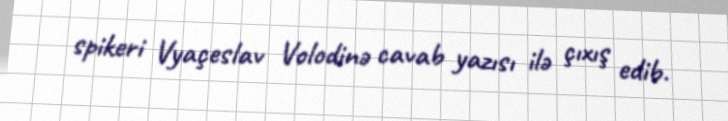
spikeri Vyaçeslav Volodinə cavab yazısı ilə çıxış edib.